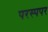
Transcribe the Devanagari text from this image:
परस्पपर